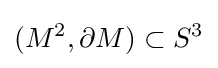
(M^{2},\partial M)\subset S^{3}